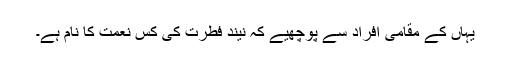
یہاں کے مقامی افراد سے پوچھیے کہ نیند فطرت کی کس نعمت کا نام ہے۔